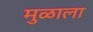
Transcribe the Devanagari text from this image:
मुळाला